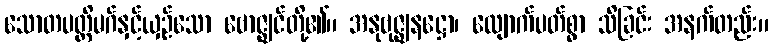
သောတပတ္တိမဂ်နှင့်ယှဉ်သော ဗောဇ္ဈင်တို့၏။ အနုဗုဇ္ဈနဋ္ဌော၊ လျောက်ပတ်စွာ သိခြင်း အနက်တည်း။